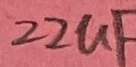
Text: 22uF